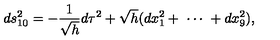
d s _ { 1 0 } ^ { 2 } = - \frac { 1 } { \sqrt { h } } d \tau ^ { 2 } + \sqrt { h } ( d x _ { 1 } ^ { 2 } + \ \cdots \ + d x _ { 9 } ^ { 2 } ) ,